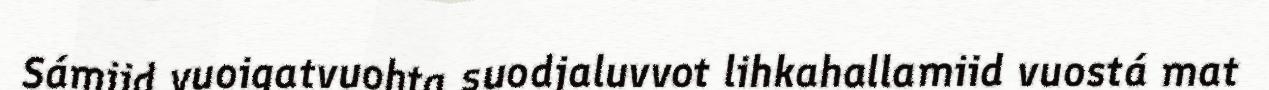
Sámiid vuoigatvuohta suodjaluvvot lihkahallamiid vuostá mat